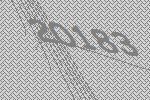
20183